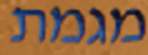
מגמת